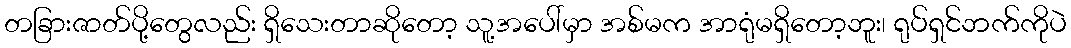
တခြားဇာတ်ပို့တွေလည်း ရှိသေးတာဆိုတော့ သူ့အပေါ်မှာ အစ်မက အာရုံမရှိတော့ဘူး၊ ရုပ်ရှင်ဘက်ကိုပဲ